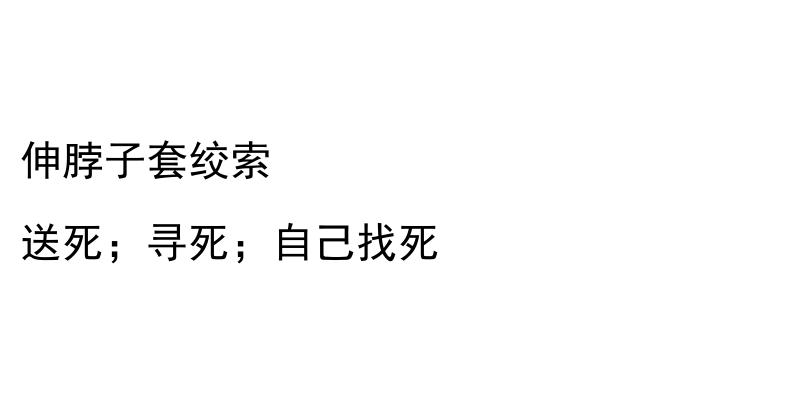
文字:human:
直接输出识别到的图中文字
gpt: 伸脖子套绞索 送死；寻死；自己找死